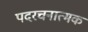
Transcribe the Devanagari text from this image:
पदरचनात्मक